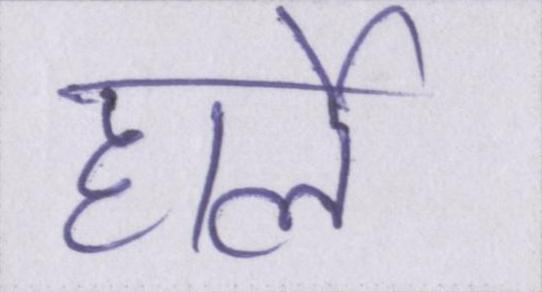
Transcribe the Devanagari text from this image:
हार्ले